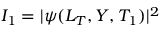
I _ { 1 } = | \psi ( L _ { T } , Y , T _ { 1 } ) | ^ { 2 }